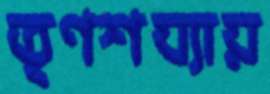
তৃণশয্যায়